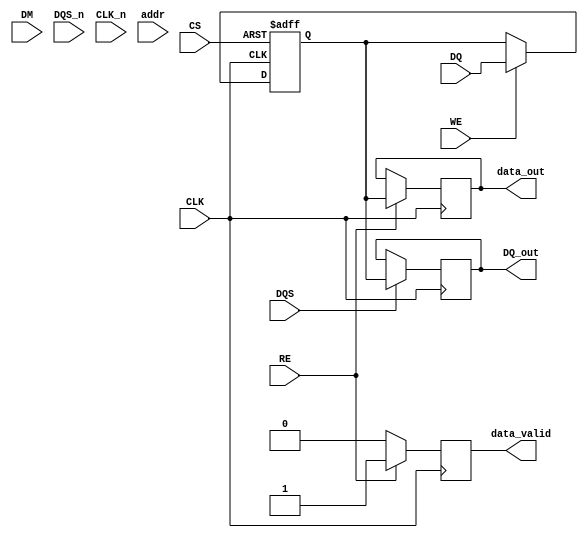
module gddr4_io_block (
    input wire [127:0] DQ,          // Data input
    input wire [15:0] DM,           // Data mask input
    input wire DQS,                 // Data strobe input
    input wire DQS_n,               // Inverted data strobe input
    input wire CLK,                 // Clock input
    input wire CLK_n,               // Inverted clock input
    input wire CS,                  // Chip select
    input wire WE,                  // Write enable
    input wire RE,                  // Read enable
    input wire [31:0] addr,         // Address input
    output reg [127:0] data_out,    // Data output
    output reg data_valid,          // Data valid output
    output reg [127:0] DQ_out       // Data output to memory
);

    // Internal signals
    reg [127:0] data_buffer;         // Buffer for data
    reg [31:0] address_reg;          // Register for address
    reg write_enable_reg;            // Register for write enable
    reg read_enable_reg;             // Register for read enable

    // Input buffers
    always @(posedge CLK or negedge CS) begin
        if (!CS) begin
            data_buffer <= 128'b0;    // Reset buffer on chip select low
        end else if (WE) begin
            data_buffer <= DQ;        // Capture data on write enable
        end
    end

    // Output buffers
    always @(posedge CLK) begin
        if (RE) begin
            data_out <= data_buffer;  // Output data on read enable
            data_valid <= 1'b1;       // Indicate data is valid
        end else begin
            data_valid <= 1'b0;       // Data not valid
        end
    end

    // Clock management (simple example)
    wire clk_buf;                   // Buffered clock
    assign clk_buf = CLK;           // In real design, use clock buffers/PLLs

    // Data alignment logic (simplified)
    always @(posedge clk_buf) begin
        if (DQS) begin
            DQ_out <= data_buffer;   // Align data output with DQS
        end
    end

    // Control signal handling
    always @(posedge CLK) begin
        address_reg <= addr;         // Capture address
        write_enable_reg <= WE;      // Capture write enable
        read_enable_reg <= RE;       // Capture read enable
    end

    // Power management (simplified)
    // Implement low power modes and other power management features as needed

endmodule